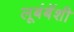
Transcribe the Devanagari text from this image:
लूबंबॅशी